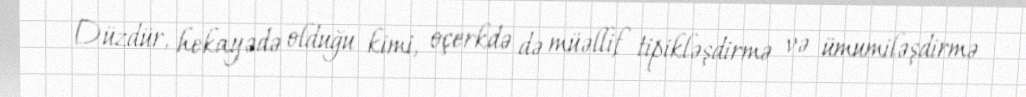
Düzdür, hekayədə olduğu kimi, oçerkdə də müəllif tipikləşdirmə və ümumiləşdirmə